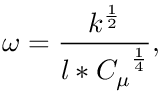
\centering \omega = \frac { k ^ { \frac { 1 } { 2 } } } { l * { C _ { \mu } } ^ { \frac { 1 } { 4 } } } ,